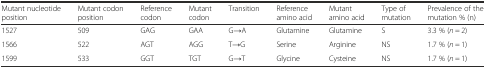
| Mutant nucleotide position | Mutant codon position | Reference codon | Mutant codon | Transition | Reference amino acid | Mutant amino acid | Type of mutation | Prevalence of the mutation % (n) |
 | --- | --- | --- | --- | --- | --- | --- | --- | --- |
 | 1527 | 509 | GAG | GAA | G→A | Glutamine | Glutamine | S | 3.3 % (n = 2) |
 | 1566 | 522 | AGT | AGG | T→G | Serine | Arginine | NS | 1.7 % (n = 1) |
 | 1599 | 533 | GGT | TGT | G→T | Glycine | Cysteine | NS | 1.7 % (n = 1) |